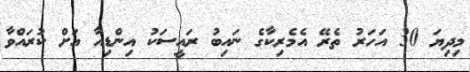
މިދިޔަ 30 އަހަރު ތެރޭ އެމެރިކާގެ ނައިބު ރައީސަކު އިންޑިއާ އަށް ކުރައްވާ